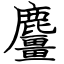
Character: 麠